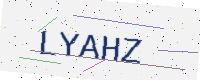
Text: LYAHZ